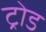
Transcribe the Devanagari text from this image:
ट्रोड